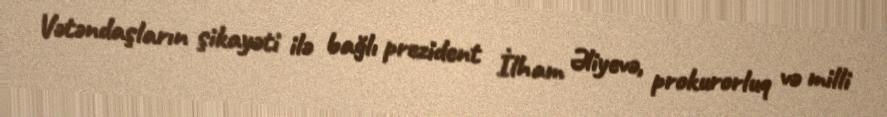
Vətəndaşların şikayəti ilə bağlı prezident İlham Əliyevə, prokurorluq və milli